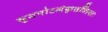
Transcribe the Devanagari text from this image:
सुमनोऽलंकृतशिराः